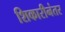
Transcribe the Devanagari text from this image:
शिकारीनंतर